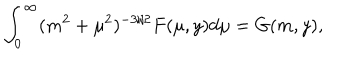
\int _ { 0 } ^ { \infty } ( m ^ { 2 } + \mu ^ { 2 } ) ^ { - 3 / 2 } F ( \mu , y ) d \mu = G ( m , y ) ,